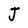
Character: J